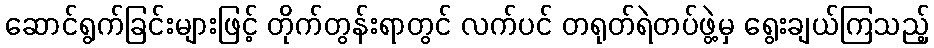
ဆောင်ရွက်ခြင်းများဖြင့် တိုက်တွန်းရာတွင် လက်ပင် တရုတ်ရဲတပ်ဖွဲ့မှ ရွေးချယ်ကြသည့်